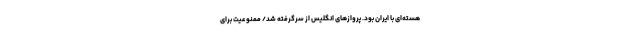
هسته‌ای با ایران بود. پروازهای انگلیس از سرگرفته شد/ ممنوعیت برای